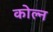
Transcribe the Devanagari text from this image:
कोल्न